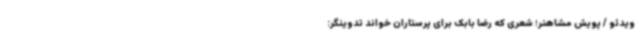
ویدئو / پویش مشاهنر؛ شعری که رضا بابک برای پرستاران خواند تدوینگر: